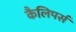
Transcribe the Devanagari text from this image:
कैलिपर्स